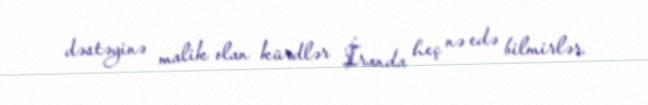
dəstəyinə malik olan kürdlər İranda heç nə edə bilmirlər.